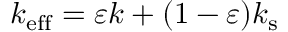
k _ { \mathrm { e f f } } = \varepsilon k + ( 1 - \varepsilon ) k _ { \mathrm { s } }